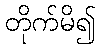
တိုက်မိ၍